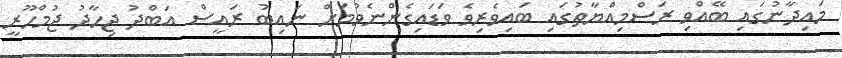
މައިދާނުގައި ބޭއްވި ރަސްމިއްޔާތުގައި ބައިވެރިވެ ވަޑައިގެންނެވުމަށް ނައިބު ރައީސް އަބްދު ޖިހާދު ޖުމްހޫރީ